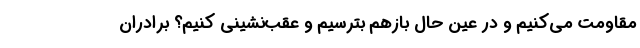
مقاومت می‌کنیم و در عین حال بازهم بترسیم و عقب‌نشینی کنیم؟ برادران